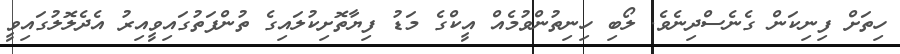
ހިތަށް ފިނިކަން ގެނެސްދިނެވެ. ލޯބި ހިނިތުންވުމެއް އީކްގެ މަޑު ފިޔާތޮށިކުލައިގެ ތުންފަތުގައިވީއިރު އެދެލޮލުގައިވީ